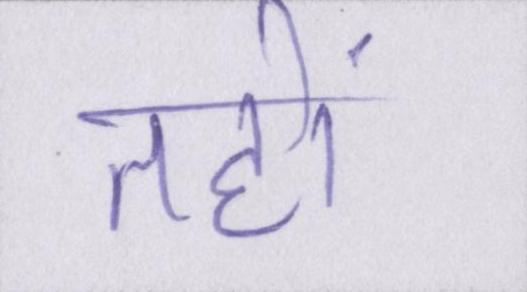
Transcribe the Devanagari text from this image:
तहों